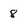
Character: 8